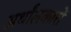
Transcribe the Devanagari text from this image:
अर्थांलकारों